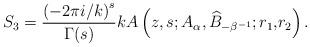
LaTeX: \begin{align*}S_{3}=\frac{\left( -2\pi i/k\right) ^{s}}{\Gamma(s)}kA\left( z,s;A_{\alpha},\widehat{B}_{-\beta^{-1}};r_{1}{\huge ,}r_{2}\right) .\end{align*}